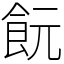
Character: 䬧